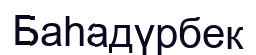
Баһадүрбек